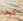
أليس